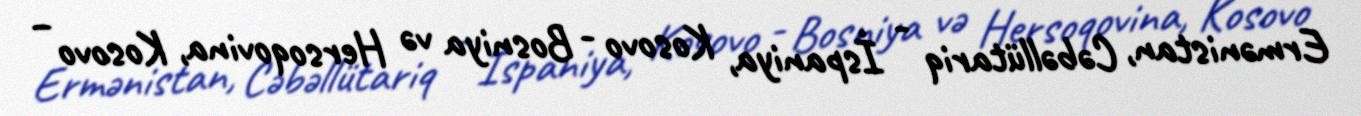
Ermənistan, Cəbəllütariq - İspaniya, Kosovo - Bosniya və Hersoqovina, Kosovo –